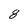
Character: 8